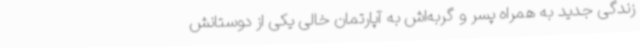
زندگی جدید به همراه پسر و گربه‌اش به آپارتمان خالی یکی از دوستانش